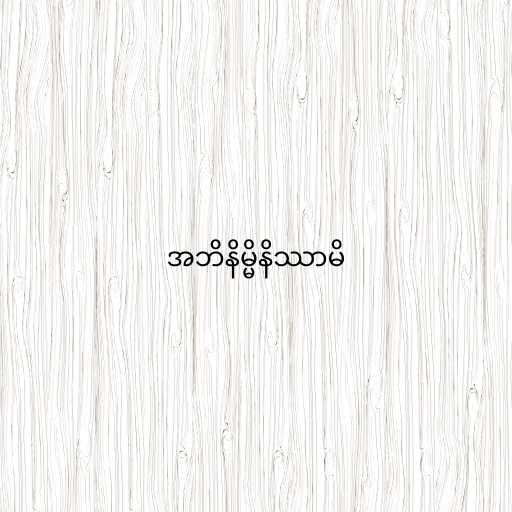
အဘိနိမ္မိနိဿာမိ